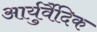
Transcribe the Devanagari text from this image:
आर्युर्वैदिक